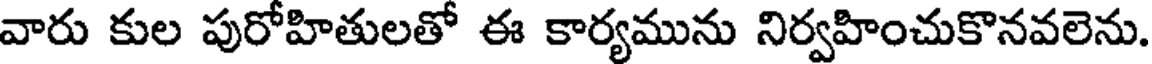
వారు కుల పురోహితులతో ఈ కార్యమును నిర్వహించుకొనవలెను.